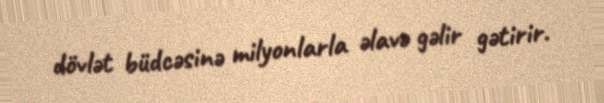
dövlət büdcəsinə milyonlarla əlavə gəlir gətirir.